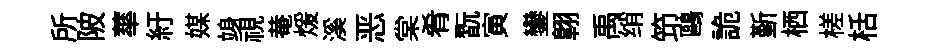
所陂蕐紆媒竧視𤲅煖溪恶棠肴翫寅鑾翺禹绡笻鷗詭斳栖槎栝